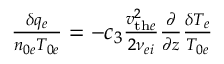
\begin{array} { r } { \frac { \delta q _ { e } } { n _ { 0 e } T _ { 0 e } } = - c _ { 3 } \frac { v _ { \mathrm { t h } e } ^ { 2 } } { 2 \nu _ { e i } } \frac { \partial } { \partial z } \frac { \delta T _ { e } } { T _ { 0 e } } } \end{array}